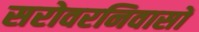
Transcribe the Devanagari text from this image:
सरोवरनिवासों